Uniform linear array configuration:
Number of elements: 64
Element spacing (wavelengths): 1
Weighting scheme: blackman
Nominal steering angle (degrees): -30
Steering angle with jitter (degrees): -29.36
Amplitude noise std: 0.05
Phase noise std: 0.05

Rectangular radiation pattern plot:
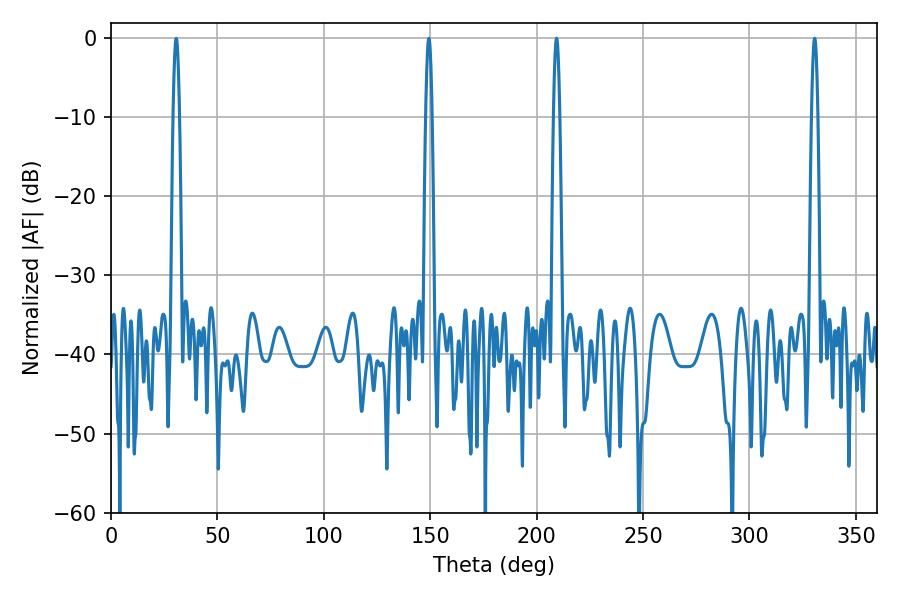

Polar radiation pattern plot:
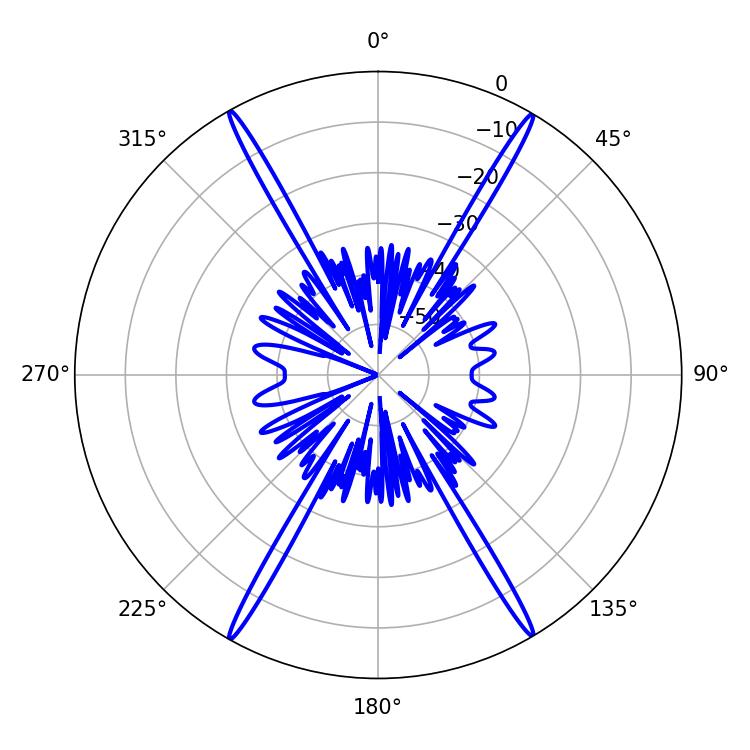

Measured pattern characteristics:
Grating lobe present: TRUE
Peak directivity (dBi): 30.871
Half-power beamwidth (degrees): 1.44
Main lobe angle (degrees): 209.34